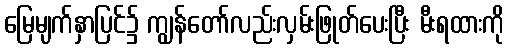
မြေမျက်နှာပြင်၌ ကျွန်တော်လည်းလှမ်းဖြုတ်ပေးပြီး မီးရထားကို